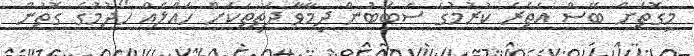
މިގޮތަށް ބޭސް އެތެރެ ކުރުމުގެ ސަބަބުން ދިމާވާ ދަތިތަކަށް ހައްލެއް ހޯދުމުގެ ގޮތުން